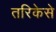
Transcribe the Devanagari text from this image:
तरिकेसे